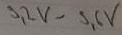
Text: 9,2V-9,6V